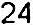
24